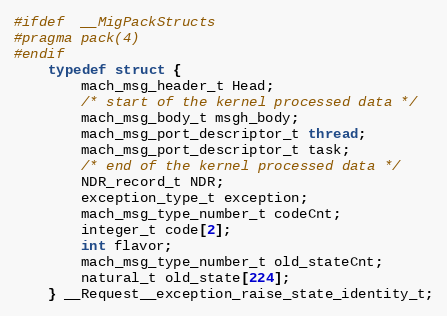
Language: C
#ifdef  __MigPackStructs
#pragma pack(4)
#endif
	typedef struct {
		mach_msg_header_t Head;
		/* start of the kernel processed data */
		mach_msg_body_t msgh_body;
		mach_msg_port_descriptor_t thread;
		mach_msg_port_descriptor_t task;
		/* end of the kernel processed data */
		NDR_record_t NDR;
		exception_type_t exception;
		mach_msg_type_number_t codeCnt;
		integer_t code[2];
		int flavor;
		mach_msg_type_number_t old_stateCnt;
		natural_t old_state[224];
	} __Request__exception_raise_state_identity_t;